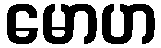
မောဟ